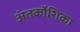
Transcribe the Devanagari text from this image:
अंतर्कोशिका